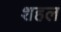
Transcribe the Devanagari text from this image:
शहल